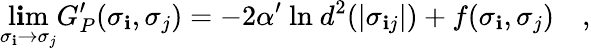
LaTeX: \operatorname*{l\mathbf{i}m}_{\sigma_{\mathbf{i}}\to\sigma_{j}}G_{P}^{\prime}(\sigma_{\mathbf{i}},\sigma_{j})=-2\alpha^{\prime}~\mathrm{{ln}}~d^{2}(|\sigma_{\mathbf{i}j}|)+f(\sigma_{\mathbf{i}},\sigma_{j})\quad,